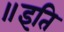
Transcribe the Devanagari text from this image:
॥इति